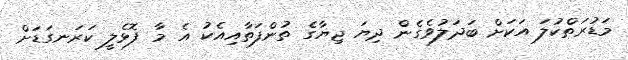
މަޑުރަތްކުލަ އަކަށް ބަދަލުވެގެން ދިޔަ ޖިޔާގެ ތުންފަތާއިއެކު އެ މާ ފޮޅެލީ ކަރަނގަޑަށް